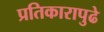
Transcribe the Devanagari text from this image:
प्रतिकारापुढे